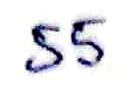
55